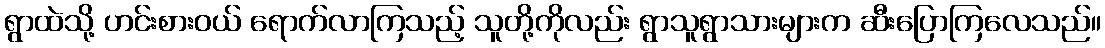
ရွာထဲသို့ ဟင်းစားဝယ် ရောက်လာကြသည့် သူတို့ကိုလည်း ရွာသူရွာသားများက ဆီးပြောကြလေသည်။